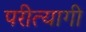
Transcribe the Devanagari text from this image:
परीत्यागी